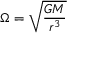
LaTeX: \Omega = { \sqrt { \frac { G M } { r ^ { 3 } } } }